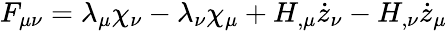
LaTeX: F_{\mu\nu}=\lambda_{\mu}\chi_{\nu}-\lambda_{\nu}\chi_{\mu}+H_{,\mu}\dot{z}_{\nu}-H_{,\nu}\dot{z}_{\mu}